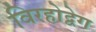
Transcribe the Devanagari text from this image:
विरहोद्वेग